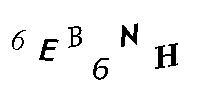
6EB6NH